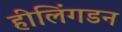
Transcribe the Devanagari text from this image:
हीलिंगडन